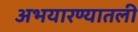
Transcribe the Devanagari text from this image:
अभयारण्यातली